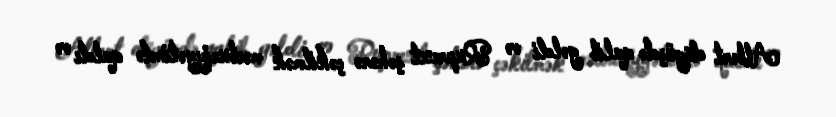
Albert döyüşdə qalib gəldi və Ruprext şəhərə çəkilmək məcburiyyətində qaldı və